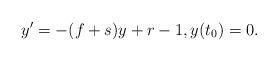
LaTeX: \begin{align*}y^{\prime }=-(f+s)y+r-1,y(t_{0})=0. \end{align*}